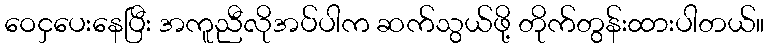
ဝေငှပေးနေပြီး အကူညီလိုအပ်ပါက ဆက်သွယ်ဖို့ တိုက်တွန်းထားပါတယ်။